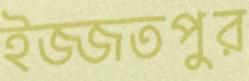
ইজ্জতপুর